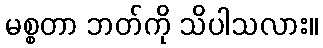
မစ္စတာ ဘတ်ကို သိပါသလား။